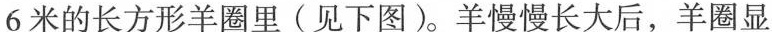
6米的长方形羊圈里(见下图)。羊慢慢长大后，羊圈显